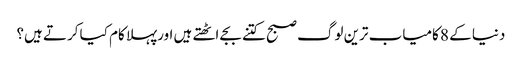
دنیا کے 8 کامیاب ترین لوگ صبح کتنے بجے اٹھتے ہیں اورپہلا کام کیا کرتے ہیں؟